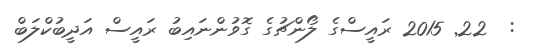
:  22